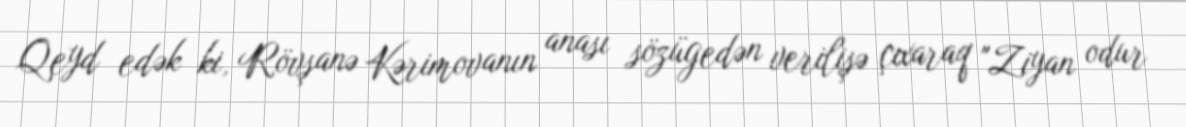
Qeyd edək ki, Rövşanə Kərimovanın anası sözügedən verilişə çıxaraq "Ziyan odur